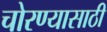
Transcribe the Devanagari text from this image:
चोरण्यासाठी